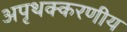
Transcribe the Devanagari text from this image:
अपृथक्करणीय